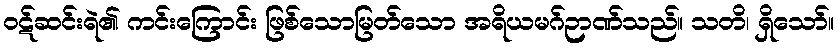
ဝဋ်ဆင်းရဲ၏ ကင်းကြောင်း ဖြစ်သောမြတ်သော အရိယမဂ်ဉာဏ်သည်။ သတိ၊ ရှိသော်။